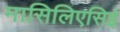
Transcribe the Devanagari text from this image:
मासिलिएसिई